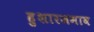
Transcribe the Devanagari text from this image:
हुशारजमाव